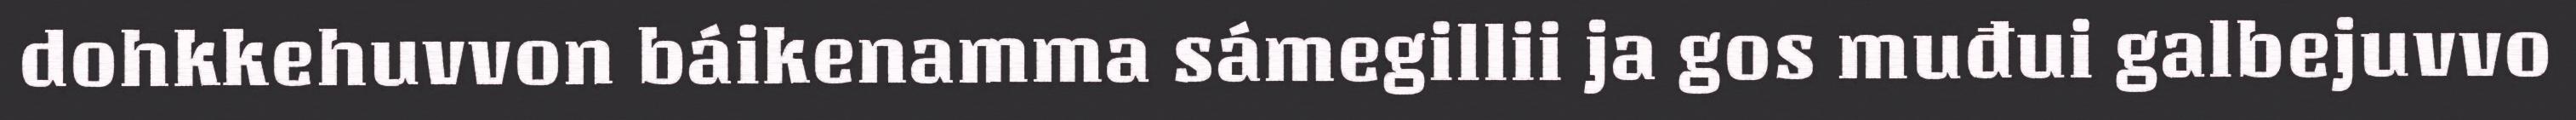
dohkkehuvvon báikenamma sámegillii ja gos muđui galbejuvvo